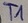
Text: T1